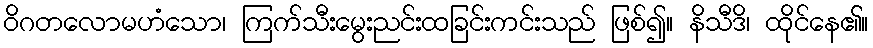
ဝိဂတလောမဟံသော၊ ကြက်သီးမွေးညင်းထခြင်းကင်းသည် ဖြစ်၍။ နိသီဒိ၊ ထိုင်နေ၏။